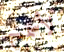
لأسمح